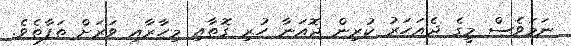
ނަމަވެސް މީގެ ދެއަހަރު ކުރިން ޖޮއަނާ ހުރި ގޮތާއި މިހާރާއި ވަރަށް ތަފާތެވެ.